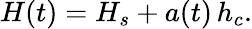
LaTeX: \begin{array}{r}{H(t)=H_{s}+a(t)\, h_{c}.}\end{array}